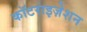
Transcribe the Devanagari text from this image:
कॉटराइज़ेशन